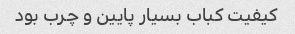
کیفیت کباب بسیار پایین و چرب بود